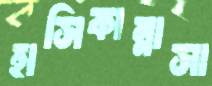
হাসিকান্নাসা